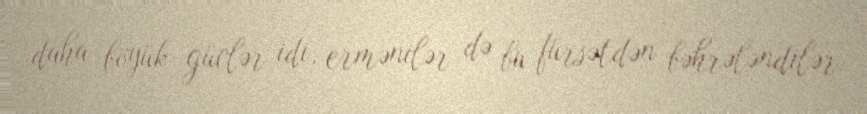
daha böyük güclər idi, ermənilər də bu fürsətdən bəhrələndilər.